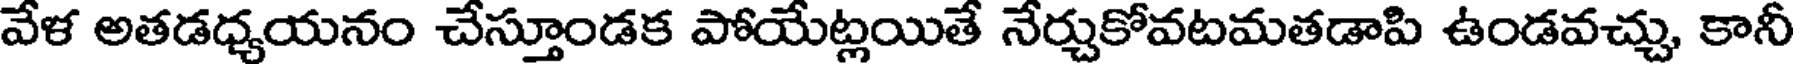
వేళ అతడధ్యయనం చేస్తూండక పోయేట్లయితే నేర్చుకోవటమతడాపి ఉండవచ్చు, కానీ